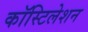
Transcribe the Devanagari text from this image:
कॉस्टिलेशन